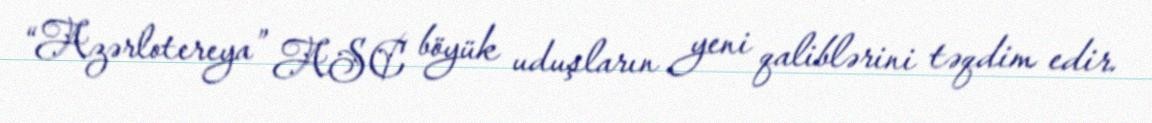
“Azərlotereya” ASC böyük uduşların yeni qaliblərini təqdim edir.